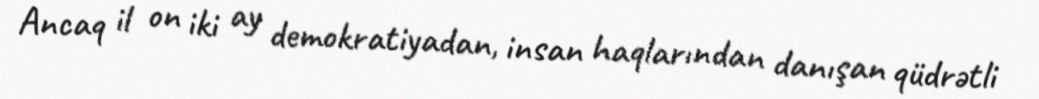
Ancaq il on iki ay demokratiyadan, insan haqlarından danışan qüdrətli